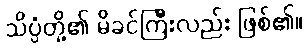
သိပ္ပံတို့၏ မိခင်ကြီးလည်း ဖြစ်၏။